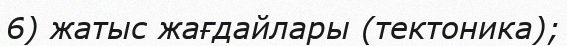
6) жатыс жағдайлары (тектоника);